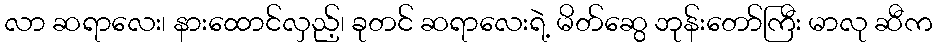
လာ ဆရာလေး၊ နားထောင်လှည့်၊ ခုတင် ဆရာလေးရဲ့ မိတ်ဆွေ ဘုန်းတော်ကြီး မာလု ဆီက